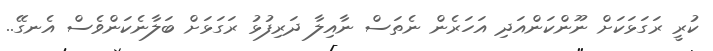
ކުރީ ރަގަޅަކަށް ނޫންކަންއަދި އަހަރެން ނެތަސް ނާއިލާ ދަރިފުޅު ރަގަޅަށް ބަލާނެކަންވެސް އެނގޭ..